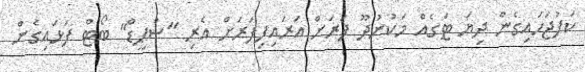
ކަފުޖަހައިގެން ދިޔަ ޓަގެއް މަކުނުދޫ ފަރަށް އަރައިފިފަރަށް އެރި "ސްޕީޑް" ބޯޓް ފަޅައިގެން